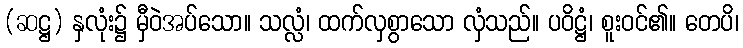
(ဆဋ္ဌ) နှလုံး၌ မှီဝဲအပ်သော။ သလ္လံ၊ ထက်လှစွာသော လှံသည်။ ပဝိဋ္ဌံ၊ စူးဝင်၏။ တေပိ၊